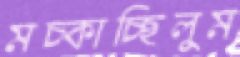
মচ্‌কাচ্ছিলুম